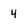
Character: 4